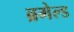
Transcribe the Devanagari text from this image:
ब्रमेल्ड